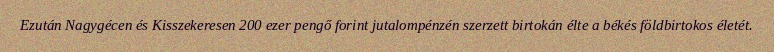
Ezután Nagygécen és Kisszekeresen 200 ezer pengő forint jutalompénzén szerzett birtokán élte a békés földbirtokos életét.